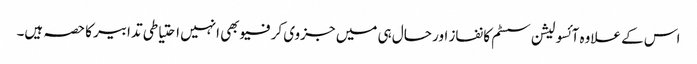
اس کے علاوہ آئسولیشن سسٹم کا نفاز اور حال ہی میں جزوی کرفیو بھی انہیں احتیاطی تدابیر کا حصہ ہیں۔